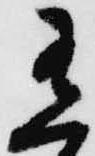
有